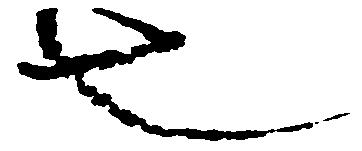
也